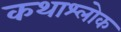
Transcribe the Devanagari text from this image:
कथाश्लोक